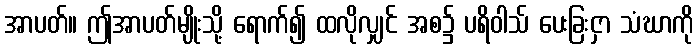
အာပတ်။ ဤအာပတ်မျိုးသို့ ရောက်၍ ထလိုလျှင် အစ၌ ပရိဝါသ် ပေးခြးငှာ သံဃာကို